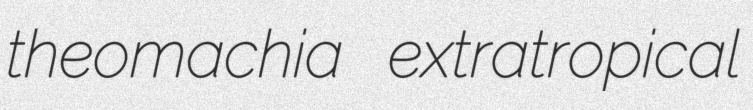
theomachia extratropical